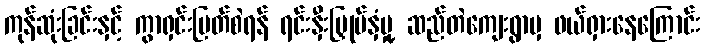
ကုန်ဆုံးခြင်းနှင့် ကွာရှင်းပြတ်စဲရန် ရင်းနှီးမြှုပ်နှံမှု့ ဆည်တဲကျေးရွာမှ ဖယ်ရှားနေကြောင်း